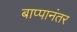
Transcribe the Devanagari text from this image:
बाप्पानंतर